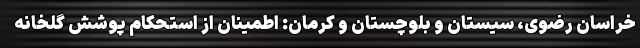
خراسان رضوی، سیستان و بلوچستان و کرمان: اطمینان از استحکام پوشش گلخانه